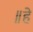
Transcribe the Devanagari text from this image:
॥हे